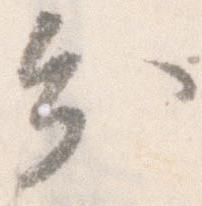
分